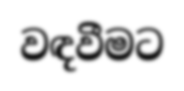
වඳවීමට